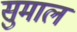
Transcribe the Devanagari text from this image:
सुमाल